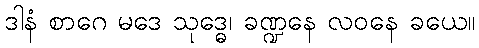
ဒါနံ စာဂေ မဒေ သုဒ္ဓေ၊ ခဏ္ဍနေ လဝနေ ခယေ။